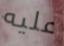
عليه